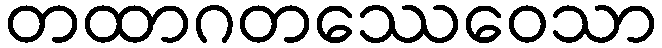
တထာဂတဿေဝေသာ